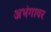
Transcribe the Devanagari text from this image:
अभंगावर